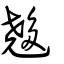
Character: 𡗉